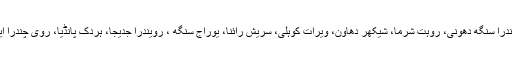
دوسری جانب بھارتی سکواڈ میں کپتان مہندرا سنگھ دھونی، روہت شرما، شیکھر دھاون، ویرات کوہلی، سریش رائنا، یوراج سنگھ ، رویندرا جدیجا، ہردک پانڈیا، روی چندرا ایشون، جسپریت بمرا، اشیش نہرا شامل ہیں۔